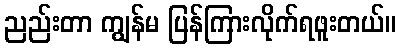
ညည်းတာ ကျွန်မ ပြန်ကြားလိုက်ရဖူးတယ်။